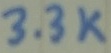
Text: 3.3K